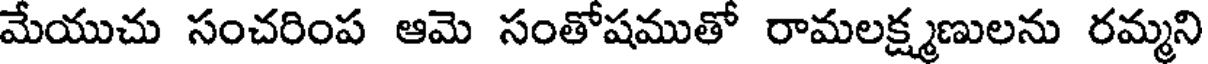
మేయుచు సంచరింప ఆమె సంతోషముతో రామలక్ష్మణులను రమ్మని